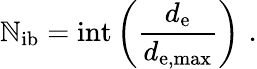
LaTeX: \mathbb{N}_{\mathrm{{ib}}}=\mathrm{{int}}\left(\frac{{d_{\mathrm{{e}}}}}{{d_{\mathrm{{e,max}}}}}\right)\, \, .